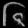
Digit: ၆